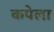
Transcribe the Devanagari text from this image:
कपेला